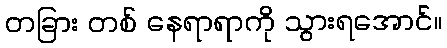
တခြား တစ် နေရာရာကို သွားရအောင်။